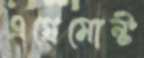
এগ্রেমোন্ট